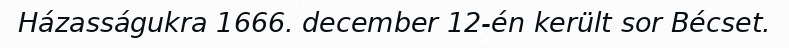
Házasságukra 1666. december 12-én került sor Bécset.